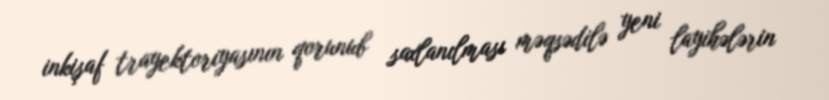
inkişaf trayektoriyasının qorunub saxlanılması məqsədilə yeni layihələrin